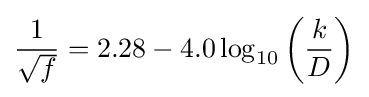
{\frac {1}{\sqrt {f}}}=2.28-4.0\log _{10}\left({\frac {k}{D}}\right)